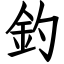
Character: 釣